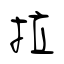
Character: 拉